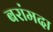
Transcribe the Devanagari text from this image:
बरांमदा